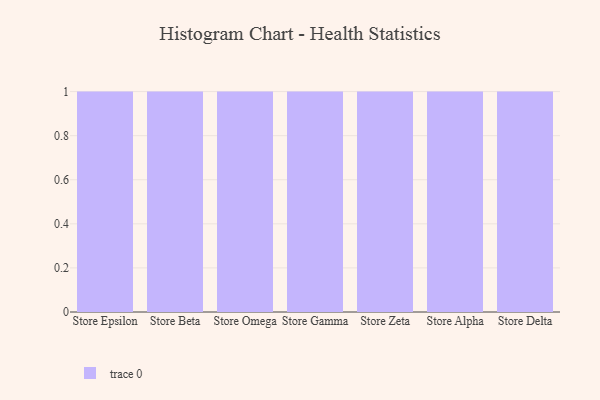
{"axis": {"x": "Store", "y": "Revenue (USD Million)"}, "legend": [""], "data": [{"x": "Store Epsilon", "y": 56, "type": ""}, {"x": "Store Beta", "y": 53, "type": ""}, {"x": "Store Omega", "y": 25, "type": ""}, {"x": "Store Gamma", "y": 91, "type": ""}, {"x": "Store Zeta", "y": 72, "type": ""}, {"x": "Store Alpha", "y": 8, "type": ""}, {"x": "Store Delta", "y": 3, "type": ""}]}